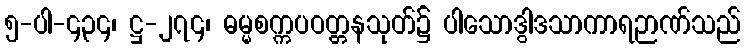
၅-ပါ-၄၃၄၊ ဋ္ဌ-၂၇၄၊ ဓမ္မစက္ကပဝတ္တနသုတ်၌ ပါသောဒွါဒသာကာရဉာဏ်သည်